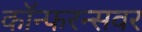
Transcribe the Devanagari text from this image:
कॉन्फरन्सवर